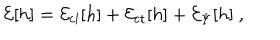
{ \cal E } [ h ] = { \cal E } _ { \mathrm { c l } } [ h ] + { \cal E } _ { \mathrm { c t } } [ h ] + { \cal E } _ { \Psi } [ h ] \ ,